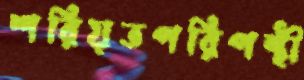
শরিয়তপরিপন্থী